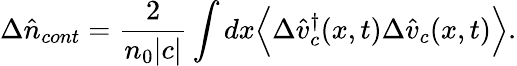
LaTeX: \Delta\hat{n}_{cont}=\frac{2}{n_{0}|c|}\int dx\Big<\Delta\hat{v}_{c}^{\dagger}(x,t)\Delta\hat{v}_{c}(x,t)\Big>.